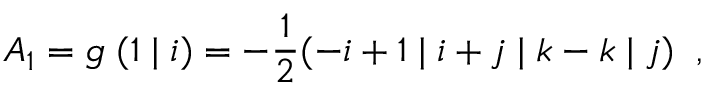
{ \cal A } _ { 1 } = g \; ( 1 \; \vert \; i ) = - \frac { 1 } { 2 } ( - i + 1 \; \vert \; i + j \; \vert \; k - k \; \vert \; j ) \; \; ,